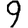
Digit: 9